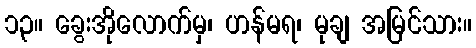
၁၃။ ခွေးအိုလောက်မှ၊ ဟန်မရ၊ မုချ အမြင်သား။